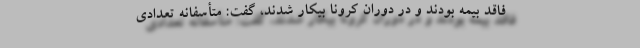
فاقد بیمه بودند و در دوران کرونا بیکار شدند، گفت: متأسفانه تعدادی